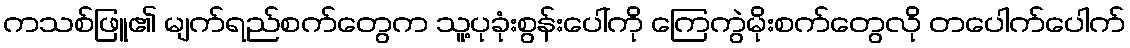
ကသစ်ဖြူ၏ မျက်ရည်စက်တွေက သူ့ပုခုံးစွန်းပေါ်ကို ကြေကွဲမိုးစက်တွေလို တပေါက်ပေါက်